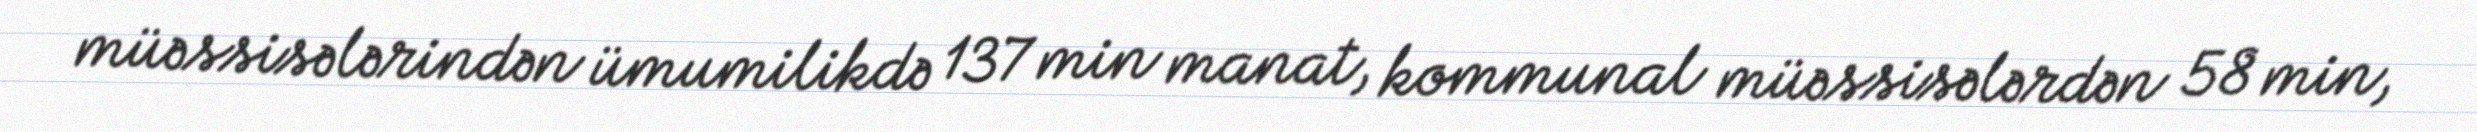
müəssisələrindən ümumilikdə 137 min manat, kommunal müəssisələrdən 58 min,